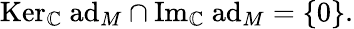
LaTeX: \mathrm{Ker}_{\mathbb{C}}\ \mathrm{ad}_{M}\cap\mathrm{Im}_{\mathbb{C}}\ \mathrm{ad}_{M}=\{ 0\} .